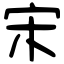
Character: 宋